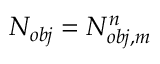
N _ { o b j } = N _ { o b j , m } ^ { n }